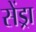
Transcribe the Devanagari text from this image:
सेंड्रा